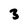
Character: 3